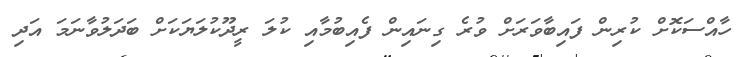
ހާއްސަކޮށް ކުރިން ފައިބާވަރަށް ވުރެ ގިނައިން ފެއިބުމާއި ކުލަ ރީދޫކުލަޔަކަށް ބަދަލުވާނަމަ އަދި